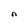
Character: n